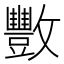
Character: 𫿩